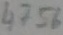
Text: 4756